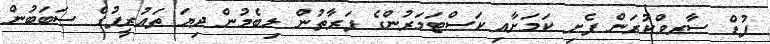
ފުޑް ސާރވްކުރަން ފެށި ކަމަށާއި ކަސްޓަމަރުންގެ ފަރާތުން ލިބެމުން ދިޔަ ތައުރީފުގެ ސަބަބުން